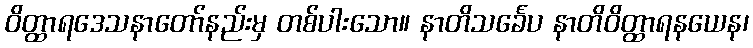
ဝိတ္ထာရဒေသနာတော်နည်းမှ တစ်ပါးသော။ နာတိသင်္ခေပ နာတိဝိတ္ထာရနယေန၊